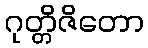
ဂုတ္တိဇိတော